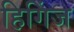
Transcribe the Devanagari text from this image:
हिगिंज